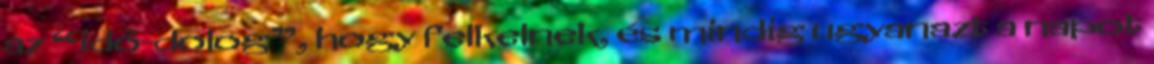
az “idő-dolog”, hogy felkelnek, és mindig ugyanazt a napot